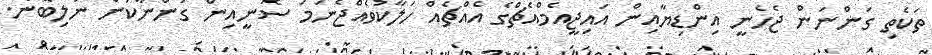
ތަކެތި ގަންނަން ޖެހެނީ އިންޑިޔާއިން އައިޖީއެމްއެޗްގެ އެއްޗެއް ހަލާކުވެއްޖެނަމަ ސޮނީއިން ގަންނާކަން ނުލިބޭނެ.